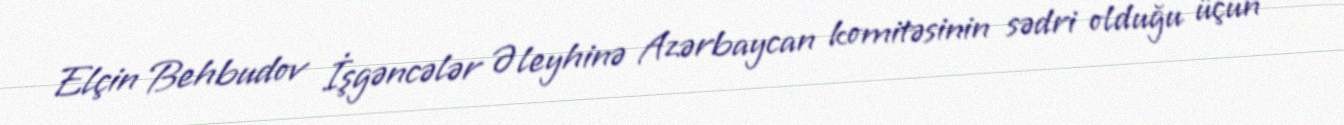
Elçin Behbudov İşgəncələr Əleyhinə Azərbaycan komitəsinin sədri olduğu üçün